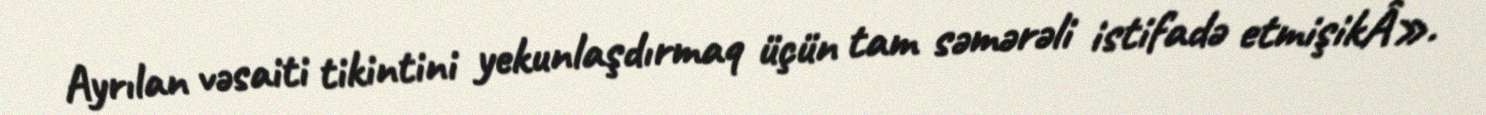
Ayrılan vəsaiti tikintini yekunlaşdırmaq üçün tam səmərəli istifadə etmişikÂ».